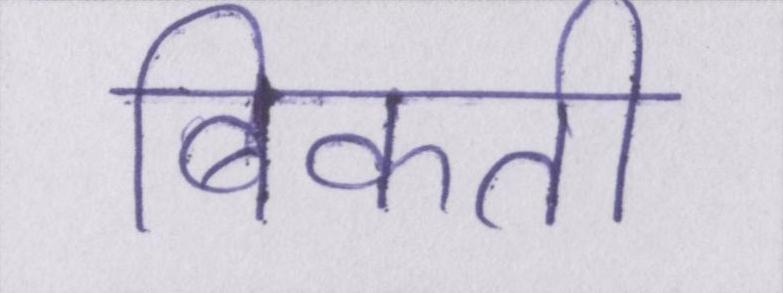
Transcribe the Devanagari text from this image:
बिकती